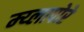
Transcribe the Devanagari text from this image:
म्य्लापोरे